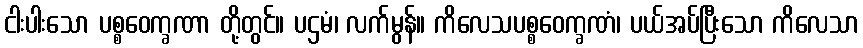
ငါးပါးသော ပစ္စဝေက္ခဏာ တို့တွင်။ ပဌမံ၊ လက်မွန်။ ကိလေသပစ္စဝေက္ခဏံ၊ ပယ်အပ်ပြီးသော ကိလေသာ